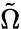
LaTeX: \tilde{\Omega}